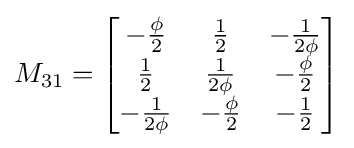
M_{31}={\begin{bmatrix}-{\frac {\phi }{2}}&{\frac {1}{2}}&-{\frac {1}{2\phi }}\\{\frac {1}{2}}&{\frac {1}{2\phi }}&-{\frac {\phi }{2}}\\-{\frac {1}{2\phi }}&-{\frac {\phi }{2}}&-{\frac {1}{2}}\end{bmatrix}}